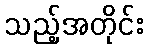
သည့်အတိုင်း